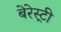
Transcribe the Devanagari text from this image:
बेरेस्ट्री